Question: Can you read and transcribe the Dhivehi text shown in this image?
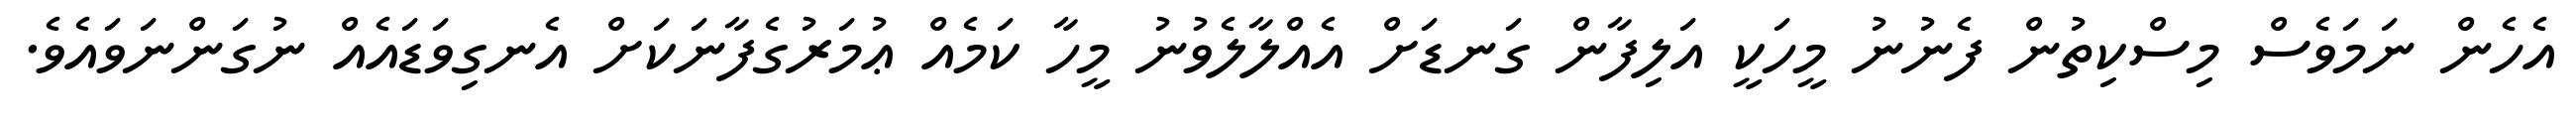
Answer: އެހެން ނަމަވެސް މިސްކިތުން ފެނުނު މީހަކީ އަލިފާން ގަނޑަށް އެއްލާލެވުނު މީހާ ކަމެއް ޢުމަރުގެފާނަކަށް އެނގިވަޑައެއް ނުގަންނަވައެވެ.